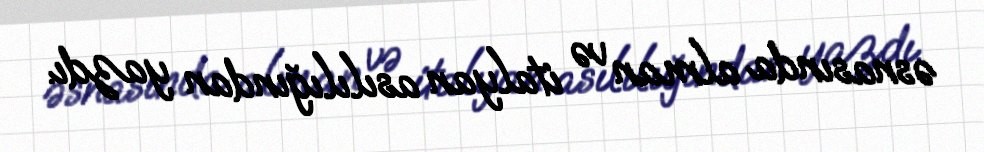
əsnasında alman və italyan asılılığından yazdı.